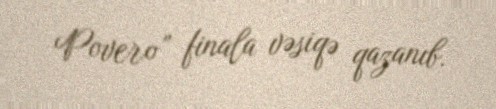
Povero” finala vəsiqə qazanıb.